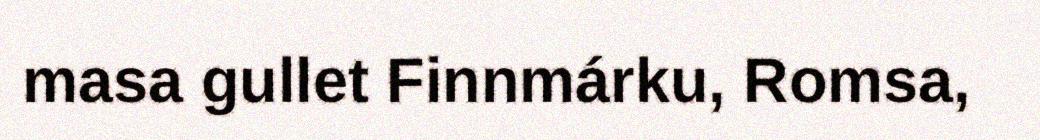
masa gullet Finnmárku, Romsa,